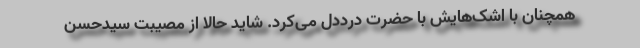
همچنان با اشک‌هایش با حضرت درددل می‌کرد. شاید حالا از مصیبت سیدحسن